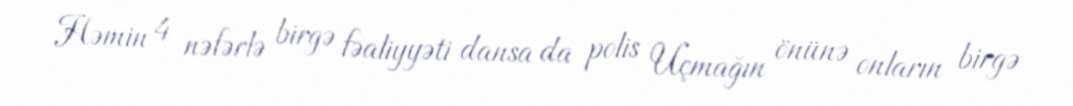
Həmin 4 nəfərlə birgə fəaliyyəti dansa da polis Uçmağın önünə onların birgə